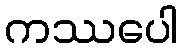
ကဿပေါ